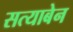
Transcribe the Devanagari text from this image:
सत्याबेन